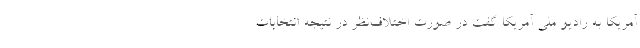
آمریکا به رادیو ملی آمریکا گفت در صورت اختلاف‌نظر در نتیجه انتخابات